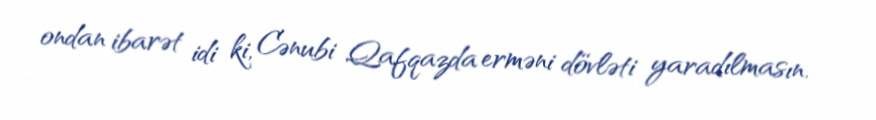
ondan ibarət idi ki, Cənubi Qafqazda erməni dövləti yaradılmasın.